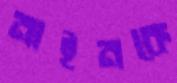
নাইনকে